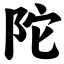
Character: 陀